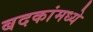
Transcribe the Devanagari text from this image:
बदकांमध्ये